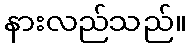
နားလည်သည်။